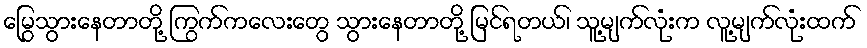
မြွေသွားနေတာတို့ ကြွက်ကလေးတွေ သွားနေတာတို့ မြင်ရတယ်၊ သူ့မျက်လုံးက လူ့မျက်လုံးထက်